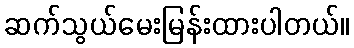
ဆက်သွယ်မေးမြန်းထားပါတယ်။